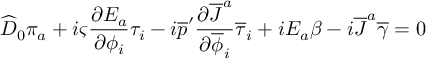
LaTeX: \widehat { D } _ { 0 } \pi _ { a } + i \varsigma { \frac { \partial E _ { a } } { \partial \phi _ { i } } } \tau _ { i } - i \overline { { { p } } } ^ { \prime } { \frac { \partial \overline { { { J } } } ^ { a } } { \partial \overline { { { \phi } } } _ { i } } } \overline { { { \tau } } } _ { i } + i E _ { a } \beta - i \overline { { { J } } } ^ { a } \overline { { { \gamma } } } = 0